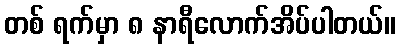
တစ် ရက်မှာ ၈ နာရီလောက်အိပ်ပါတယ်။